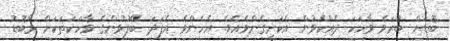
ބޮޑަށް ބުރަވެ ވާހަކަ ދެއްކެވުން އެކަށީގެންވެއެވެ. އެހެންވެ އެފަދަ ބޭފުޅުންގެ ވާހަކަތަކަށް މާބޮޑު